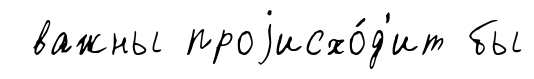
важны проjисхо́д'ит бы